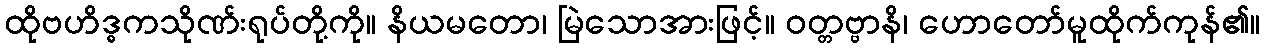
ထိုဗဟိဒ္ဓကသိုဏ်းရုပ်တို့ကို။ နိယမတော၊ မြဲသောအားဖြင့်။ ဝတ္တဗ္ဗာနိ၊ ဟောတော်မူထိုက်ကုန်၏။